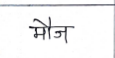
मजकूर: मौज